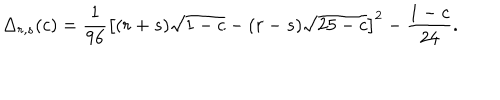
\Delta _ { r , s } ( c ) = \frac { 1 } { 9 6 } \left[ ( r + s ) \sqrt { 1 - c } - ( r - s ) \sqrt { 2 5 - c } \right] ^ { 2 } - \frac { 1 - c } { 2 4 } .